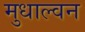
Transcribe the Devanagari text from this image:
मुधाल्वन